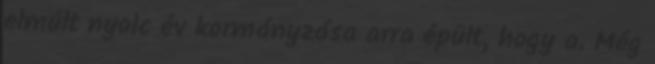
elmúlt nyolc év kormányzása arra épült, hogy a. Még